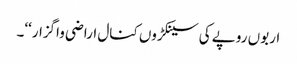
اربوں روپے کی سینکڑوں کنال اراضی واگزار‘‘۔